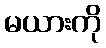
မယားကို